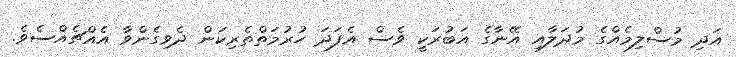
އަދި މުސްލިމެއްގެ މުދަލާއި އޭނާގެ އަބުރަކީ ވެސް އެފަދަ ހުރުމަތްތެރިކަން ދެވިގެންވާ އެއްޗެއްސެވެ.